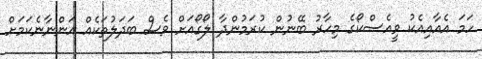
ހަމަ އެއާއިއެކު ވީއެސްކޯގެ މިހާރު ބޭނުން ކުރަމުންދާ ލޯގޯއަށް ވެސް ބަދަލުތަކެއް އަންނާނެކަމަށް